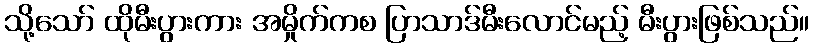
သို့သော် ထိုမီးပွားကား အမှိုက်ကစ ပြာသာဒ်မီးလောင်မည့် မီးပွားဖြစ်သည်။